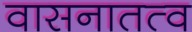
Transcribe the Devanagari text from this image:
वासनातत्व